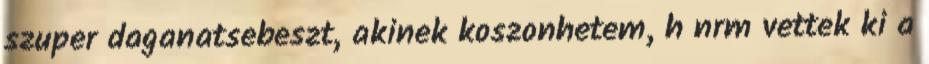
szuper daganatsebeszt, akinek koszonhetem, h nrm vettek ki a